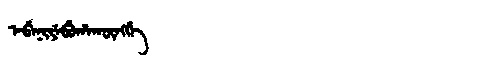
Manchu: ᡝᠪᡝᠨᡳᠶᡝᠪᡠᡥᠠᡴᡡᠩᡤᡝ
Romanization: EBENIYEBUHAKŪNGGE